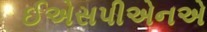
ઈએસપીએનએ